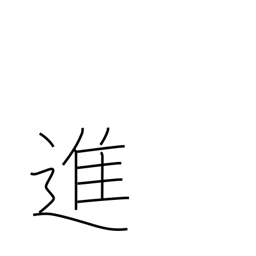
Meaning: progress